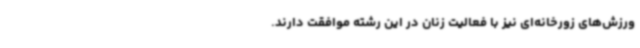
ورزش‌های زورخانه‌ای نیز با فعالیت زنان در این رشته موافقت دارند.